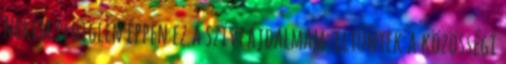
Nekem pediglen éppen ez a szívfájdalmam: eltűntek a közösségi